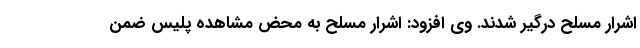
اشرار مسلح درگیر شدند. وی افزود: اشرار مسلح به محض مشاهده پلیس ضمن